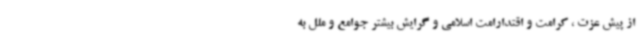
از پیش عزت ، کرامت و اقتدارامت اسلامی و گرایش بیشتر جوامع و ملل به